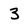
Character: 3